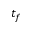
t _ { f }